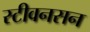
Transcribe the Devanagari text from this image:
स्टीवनसन